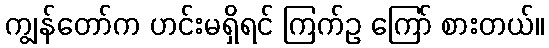
ကျွန်တော်က ဟင်းမရှိရင် ကြက်ဥ ကြော် စားတယ်။